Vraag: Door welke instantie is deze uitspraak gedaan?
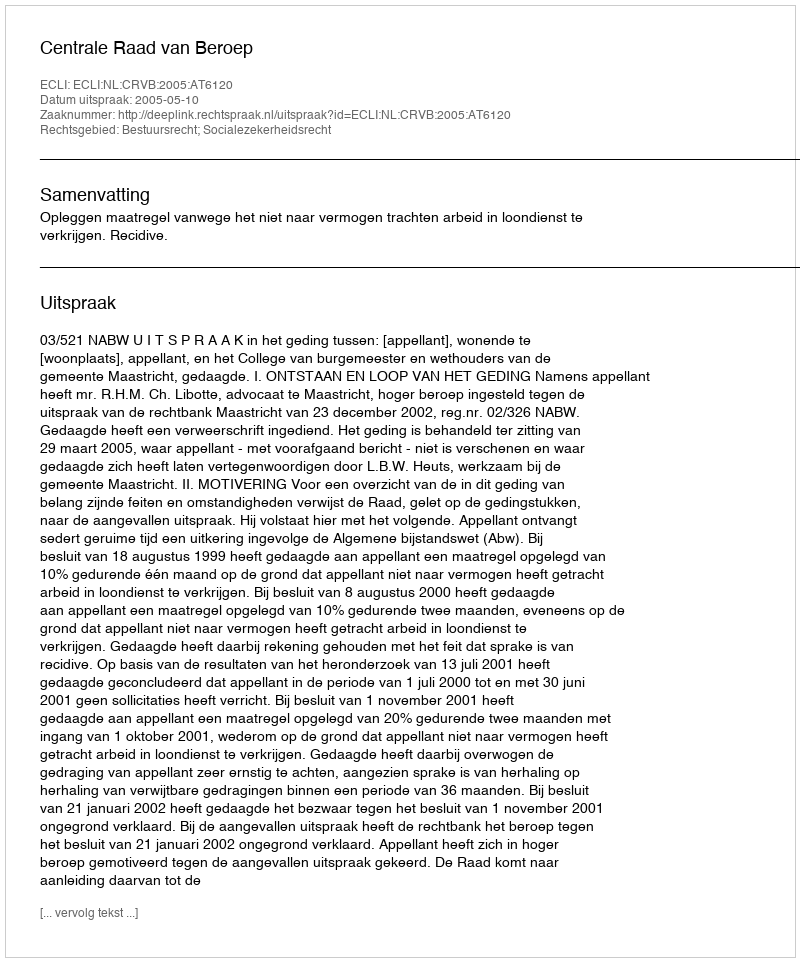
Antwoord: Centrale Raad van Beroep